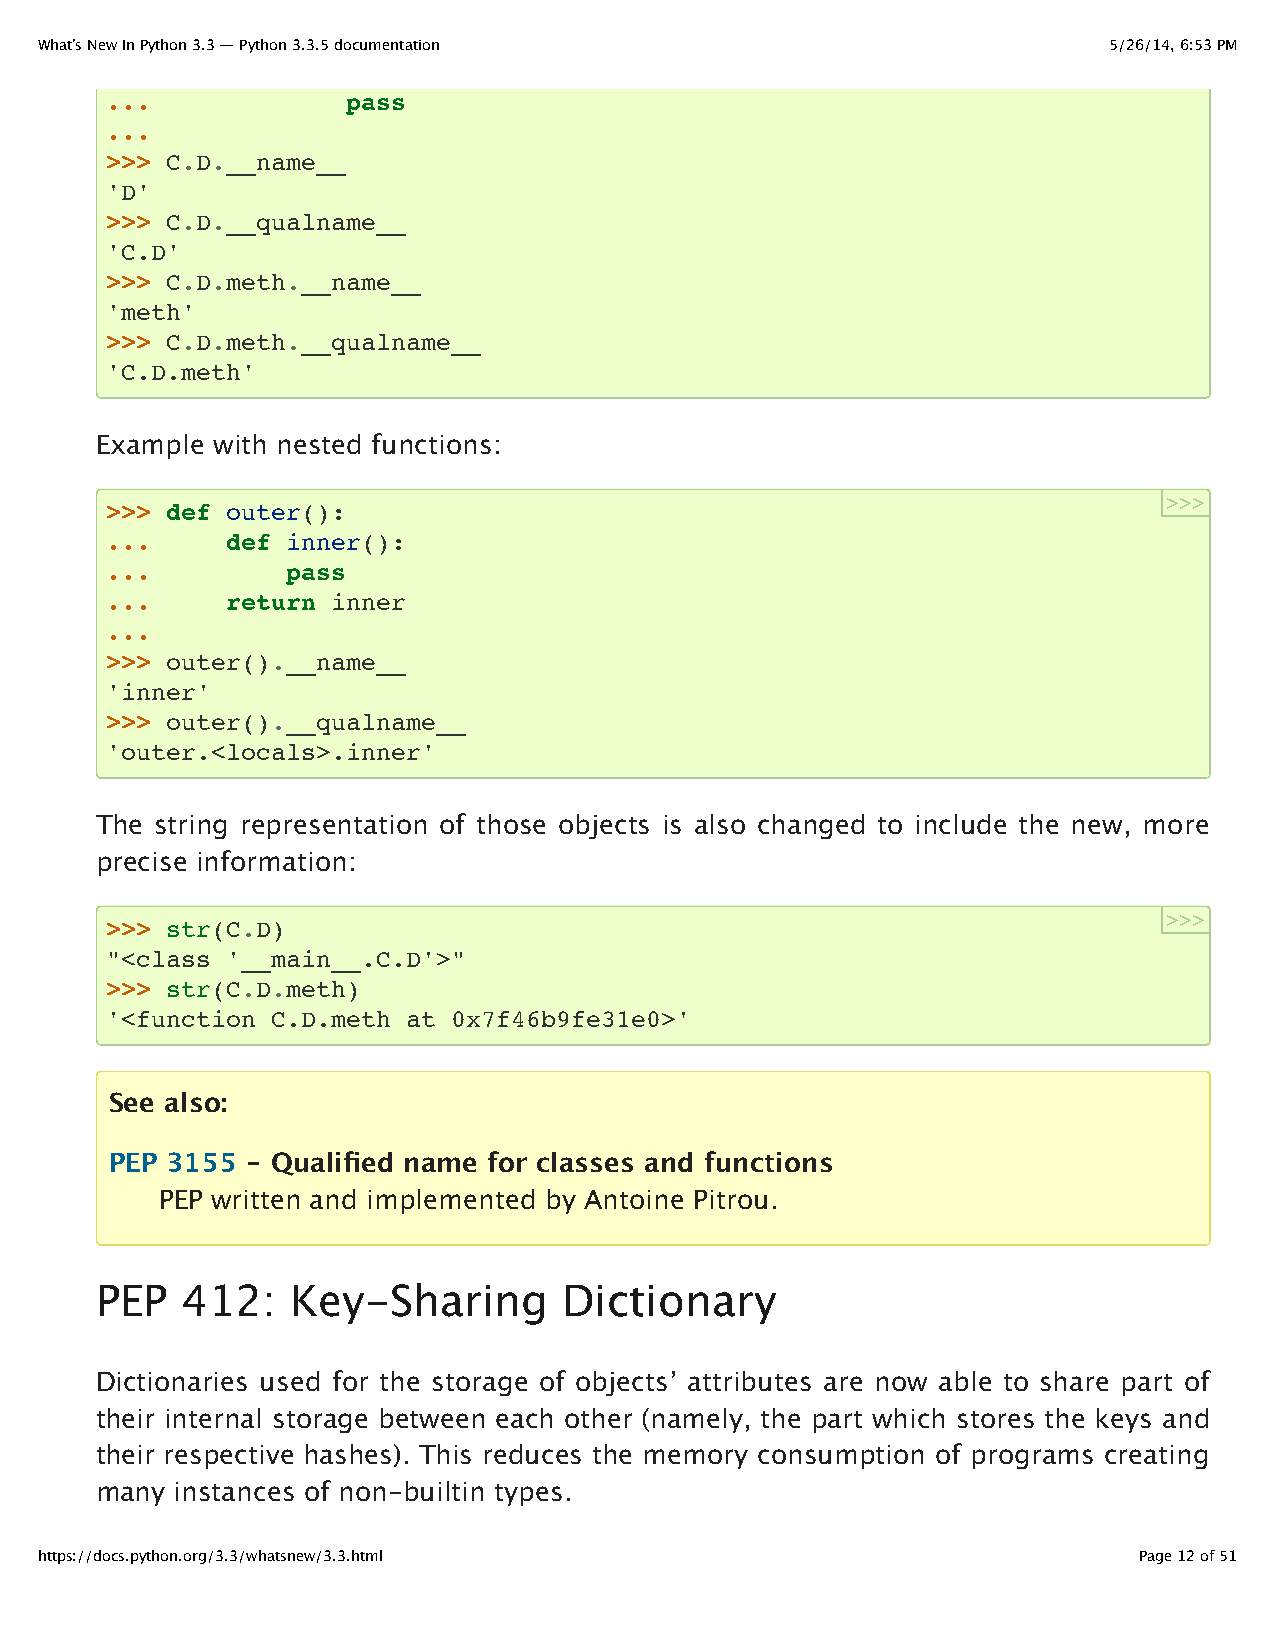
What’s New In Python 3.3 — Python 3.3.5 documentation                  5/26/14, 6:53 PM
 ...             pass
 ...
 >>> C.D.__name__
 'D'
 >>> C.D.__qualname__
 'C.D'
 >>> C.D.meth.__name__
 'meth'
 >>> C.D.meth.__qualname__
 'C.D.meth'
 Example with nested functions:
 >>>
 >>> def outer():
 ...     def inner():
 ...         pass
 ...     return inner
 ...
 >>> outer().__name__
 'inner'
 >>> outer().__qualname__
 'outer.<locals>.inner'
 The string representation of those objects is also changed to include the new, more
 precise information:
 >>>
 >>> str(C.D)
 "<class '__main__.C.D'>"
 >>> str(C.D.meth)
 '<function C.D.meth at 0x7f46b9fe31e0>'
 See also:
 PEP 3155 - Qualified name for classes and functions
 PEP written and implemented by Antoine Pitrou.
 PEP   412:   Key-Sharing       Dictionary
 Dictionaries used for the storage of objects’ attributes are now able to share part of
 their internal storage between each other (namely, the part which stores the keys and
 their respective hashes). This reduces the memory consumption of programs creating
 many  instances of non-builtin types.
 https://docs.python.org/3.3/whatsnew/3.3.html                            Page 12 of 51